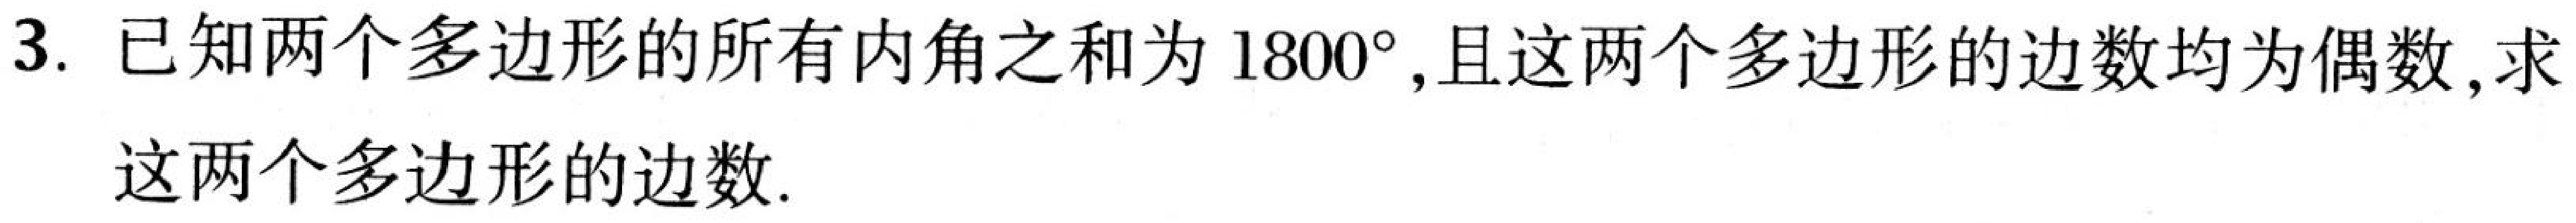
3. 已知两个多边形的所有内角之和为\(1800^{\circ}\),且这两个多边形的边数均为偶数,求
这两个多边形的边数.